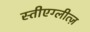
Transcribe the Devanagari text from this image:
स्तीएग्लीत्ज़